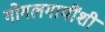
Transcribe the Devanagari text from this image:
गोगलगायींशी